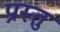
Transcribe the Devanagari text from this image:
प्रस्तु